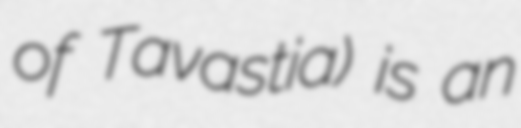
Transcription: of Tavastia) is an